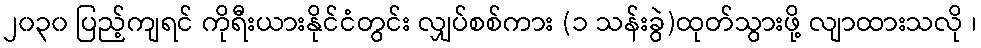
၂၀၃၀ ပြည့်ကျရင် ကိုရီးယားနိုင်ငံတွင်း လျှပ်စစ်ကား (၁ သန်းခွဲ)ထုတ်သွားဖို့ လျာထားသလို ၊